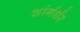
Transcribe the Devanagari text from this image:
शांर्गर्धर